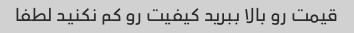
قیمت رو بالا ببرید کیفیت رو کم نکنید لطفا